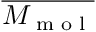
\overline { { M _ { \textup { m o l } } } }